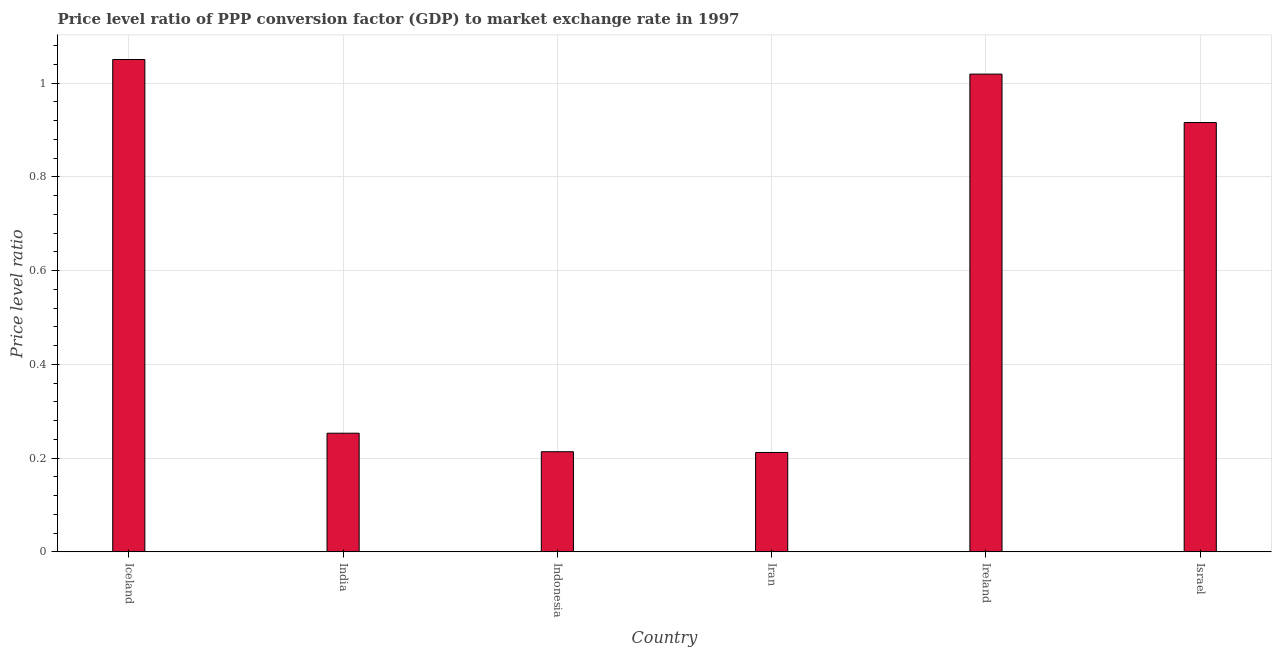
| Country | Price level ratio |
 | --- | --- |
 | Iceland | 1.05 |
 | India | 0.253 |
 | Indonesia | 0.214 |
 | Iran | 0.212 |
 | Ireland | 1.02 |
 | Israel | 0.916 |